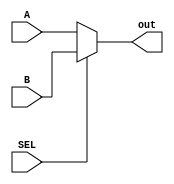
`timescale 1ns / 1ps
//////////////////////////////////////////////////////////////////////////////////
// Company: 
// Engineer: 
// 
// Design Name: 
// Module Name: mux_dst
// Project Name: 
// Target Devices: 
// Tool Versions: 
// Description: 
// 
// Dependencies: 
// 
// Revision:
// Revision 0.01 - File Created
// Additional Comments:
// 
//////////////////////////////////////////////////////////////////////////////////


module mux_dst(A,B,SEL,out);
input [31:0]A;
input [31:0]B;
input SEL;
output [31:0]out;
assign out=SEL?B:A;
endmodule